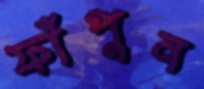
ফাঁপুন